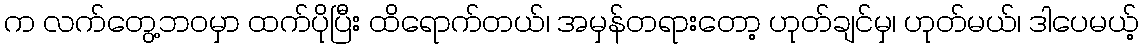
က လက်တွေ့ဘဝမှာ ထက်ပိုပြီး ထိရောက်တယ်၊ အမှန်တရားတော့ ဟုတ်ချင်မှ၊ ဟုတ်မယ်၊ ဒါပေမယ့်